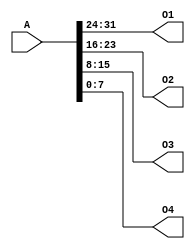
`timescale 1ns / 1ps
//////////////////////////////////////////////////////////////////////////////////
// Company: 
// Engineer: 
// 
// Design Name: 
// Module Name:    splitter 
// Project Name: 
// Target Devices: 
// Tool versions: 
// Description: 
//
// Dependencies: 
//
// Revision: 
// Revision 0.01 - File Created
// Additional Comments: 
//
//////////////////////////////////////////////////////////////////////////////////
module splitter(
    input [31:0] A,
    output [7:0] O1,
    output [7:0] O2,
    output [7:0] O3,
    output [7:0] O4
    );
	
	assign {O1,O2,O3,O4}=A;


endmodule